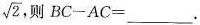
\sqrt{2},则$$BC-AC=___$$.